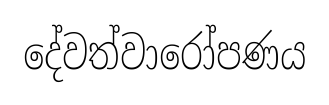
දේවත්වාරෝපණය